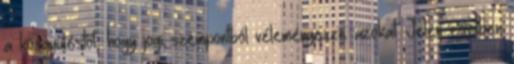
a közgyűléstől, hogy jogi szempontból véleményezze azokat. Jelen esetben